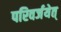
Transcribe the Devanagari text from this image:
परिवर्जयेत्